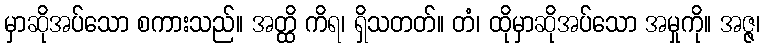
မှာဆိုအပ်သော စကားသည်။ အတ္ထိ ကိရ၊ ရှိသတတ်။ တံ၊ ထိုမှာဆိုအပ်သော အမှုကို။ အဇ္ဇ၊